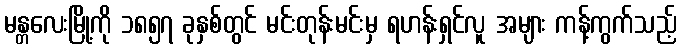
မန္တလေးမြို့ကို ၁၈၅၇ ခုနှစ်တွင် မင်းတုန်းမင်းမှ ရဟန်းရှင်လူ အများ ကန့်ကွက်သည့်